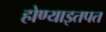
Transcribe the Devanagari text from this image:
होण्याइतपत